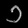
Digit: ၁